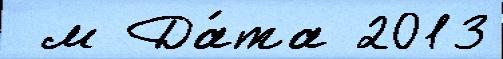
 м Да́та 2013